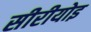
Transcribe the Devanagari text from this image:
सीरीयोइ